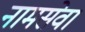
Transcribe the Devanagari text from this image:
नामसेवा